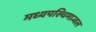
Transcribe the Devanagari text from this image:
मध्यपस्चिमान्चल